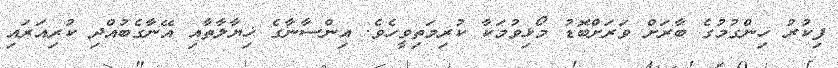
ފިކުރު ހިންގުމުގެ ބާރަށް ވަރަށްބޮޑު މޯޅިވުމަކާ ކުރިމަތިވީހެވެ. އިންސާނާގެ ޚިޔާލާތާއި އޭނާގެބުއްދި ކުރިއަރައި